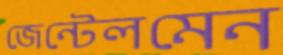
জেন্টেলমেন